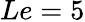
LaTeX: Le=5